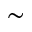
\sim